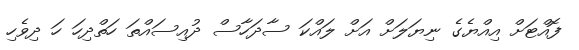
ފޮއްޓަށް އިއްޔެގެ ނިޔަލަށް އަށް ލައްކަ ސާދަހާސް ދުއިސައްތަ ހަތްދިހަ ހަ ދިވެހި